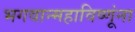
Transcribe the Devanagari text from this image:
भगवान्महाविष्णूंना